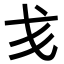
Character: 𢦍